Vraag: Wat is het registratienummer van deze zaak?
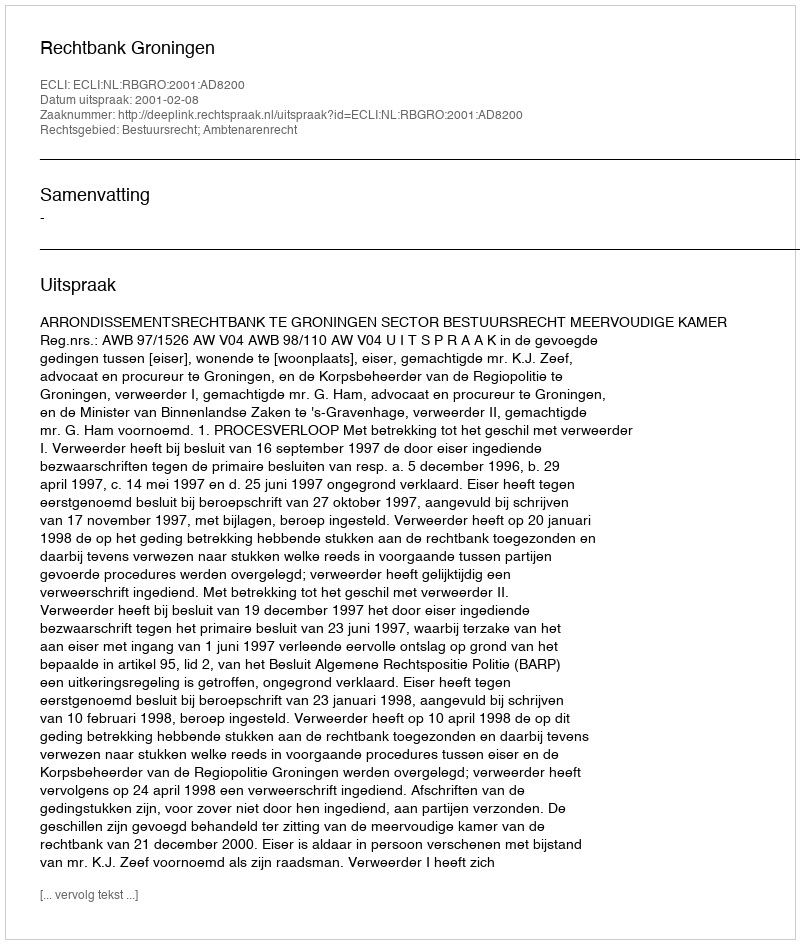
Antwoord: http://deeplink.rechtspraak.nl/uitspraak?id=ECLI:NL:RBGRO:2001:AD8200